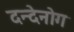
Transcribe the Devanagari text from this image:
दन्देनोग